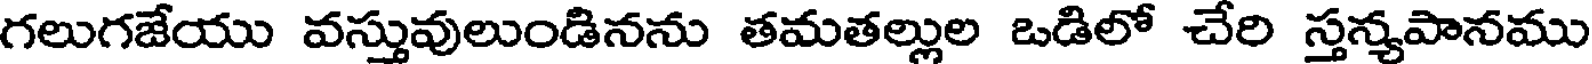
గలుగజేయు వస్తువులుండినను తమతల్లుల ఒడిలో చేరి స్తన్యపానము